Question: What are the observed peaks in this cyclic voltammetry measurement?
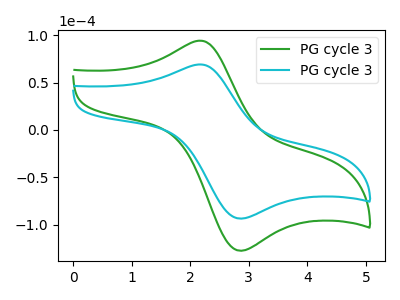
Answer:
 <answer>The green curve "PG cycle 31" has an anodic peak at (2.20V, 94.35uA) and a cathodic peak at (2.90V, -127.40uA). The cyan curve "PG cycle 32" has an anodic peak at (2.20V, 69.20uA) and a cathodic peak at (2.90V, -93.50uA).</answer>
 <eval></eval>